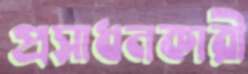
প্রসাধনকারী